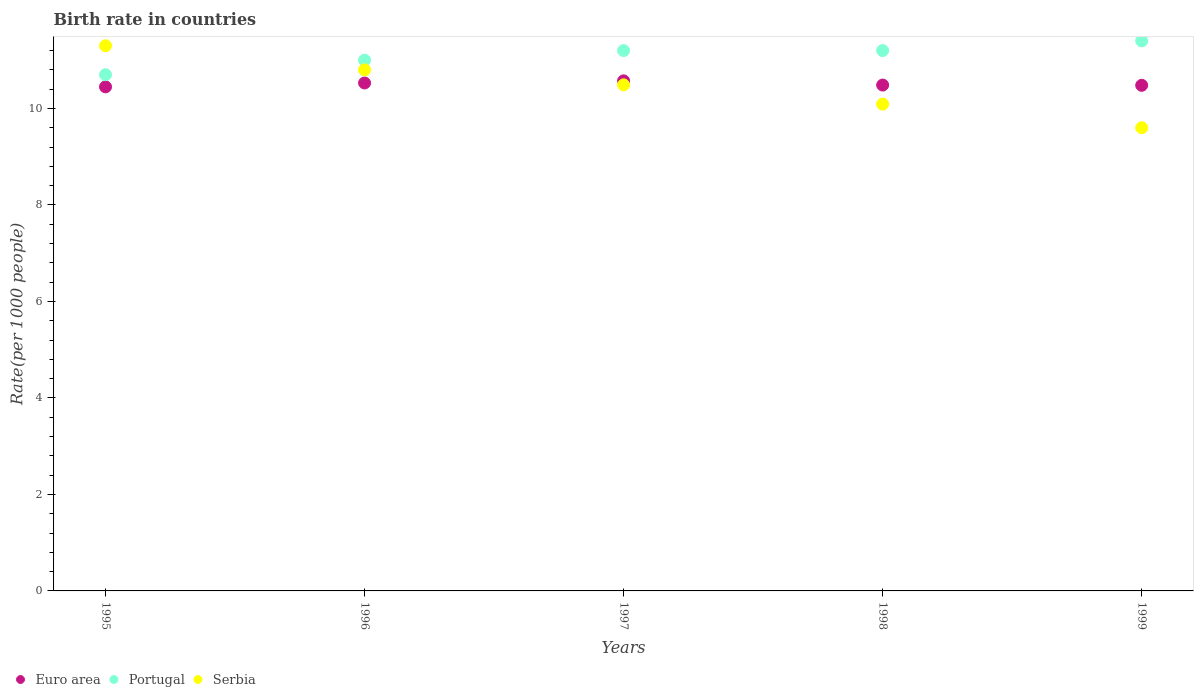
| Years | Euro area | Portugal | Serbia |
 | --- | --- | --- | --- |
 | 1995 | 10.4 | 10.7 | 11.3 |
 | 1996 | 10.5 | 11 | 10.8 |
 | 1997 | 10.6 | 11.2 | 10.5 |
 | 1998 | 10.5 | 11.2 | 10.1 |
 | 1999 | 10.5 | 11.4 | 9.6 |